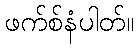
ဖက်စ်နံပါတ်။